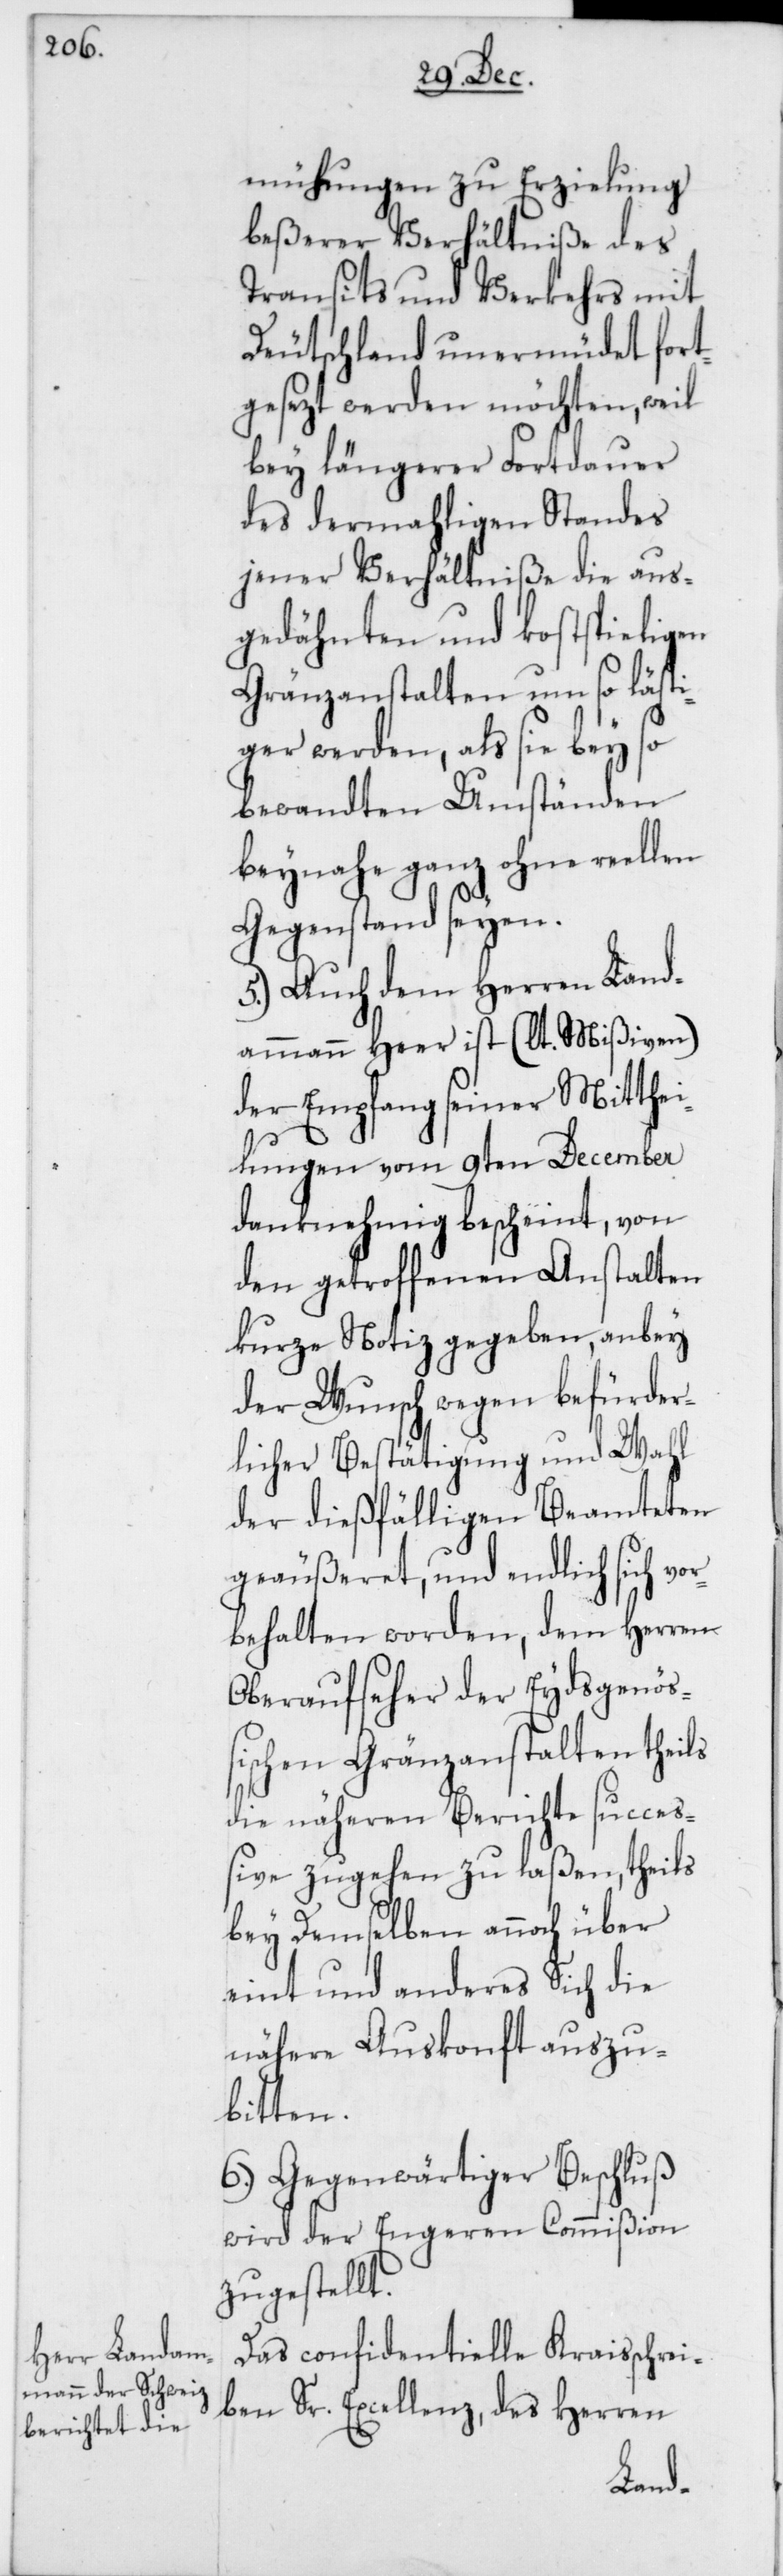
szu¬

mühungen zu Erzielung
beßerer Verhältniße des
Transits und Verkehrs mit
Deutschland unermüdet fort¬
gesezt werden möchten, weil
bey längerer Fortdauer
des dermahligen Standes
jener Verhältniße die aus¬
gedähnten und kostspieligen
Gränzanstalten um so lästi¬
ger werden, als sie bey so
bewandten Umständen
beynahe ganz ohne reellen
Gegenstand seyen.
5.) Auch dem Herren Land¬
ammann Heer ist (lt. Mißiven)
der Empfang seiner Mitthei¬
lungen vom 9ten December
danknehmig bescheint, von
den getroffenen Anstalten
kurze Notiz gegeben, anbey
der Wunsch wegen befürder¬
licher Bestätigung und Wahl
der dießfälligen Beamteten
geäußeret, und endlich sich vo¬
rbehalten worden, dem Herren
Oberaufseher der Eydsgenö¬
ßischen Gränzanstalten theils
die näheren Berichte succes¬
sive zugehen zu laßen, theils
bey demselben annoch über
eint und anderes sich die
nähere Auskonft au¬
bitten.
6.) Gegenwärtiger Beschluß
wird der Engeren Commißion
zugestellt.
Das confidentielle Kraisschrei¬
ben Sr. Excellenz, des Herren